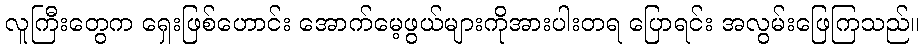
လူကြီးတွေက ရှေးဖြစ်ဟောင်း အောက်မေ့ဖွယ်များကိုအားပါးတရ ပြောရင်း အလွမ်းဖြေကြသည်။